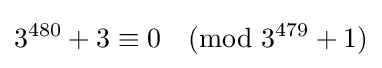
3^{480}+3\equiv 0{\pmod {3^{479}+1}}